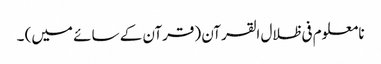
نا معلوم فی ظلال القرآن (قرآن کے سائے میں) ۔